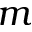
m